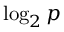
\log _ { 2 } p